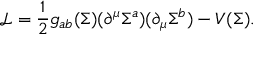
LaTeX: { \mathcal { L } } = { \frac { 1 } { 2 } } g _ { a b } ( \Sigma ) ( \partial ^ { \mu } \Sigma ^ { a } ) ( \partial _ { \mu } \Sigma ^ { b } ) - V ( \Sigma ) .